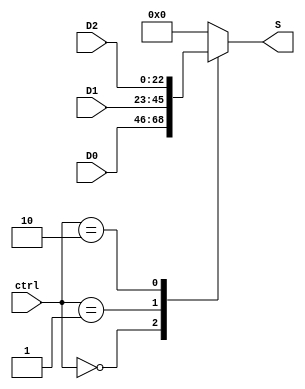
`timescale 1ns / 1ps
//////////////////////////////////////////////////////////////////////////////////
// Company: 
// Engineer: 
// 
// Design Name: 
// Module Name: Mux_3x1_23Bits
// Project Name: 
// Target Devices: 
// Tool Versions: 
// Description: 
// 
// Dependencies: 
// 
// Revision:
// Revision 0.01 - File Created
// Additional Comments:
// 
//////////////////////////////////////////////////////////////////////////////////


module Mux_3x1_23Bits

  # (parameter W = 23 )
	(

    input wire [1:0] ctrl,
    input wire [W-1:0] D0,
    input wire [W-1:0] D1,
    input wire [W-1:0] D2,
    output reg [W-1:0] S
    );

   always @(ctrl, D0, D1, D2)
   	case (ctrl)
   		2'b00: S<=D0;
   		2'b01: S<=D1;
   		2'b10: S<=D2;
   		default: S<=0;
	endcase
	
endmodule